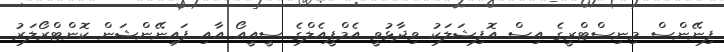
ފިނޭންސް މިނިސްޓްރީގެ އިސް އޮފިޝަލަކު ވިދާޅުވީ އެމްޕީއެލްގެ ސީއީއޯ އާއި ފައިނޭންޝަން ކޮންޓްރޯލަރު